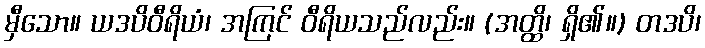
မှီသော။ ယဒပိဝီရိယံ၊ အကြင် ဝီရိယသည်လည်း။ (အတ္ထိ၊ ရှိ၏။) တဒပိ၊